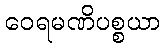
ဝေရမဏိပစ္စယာ